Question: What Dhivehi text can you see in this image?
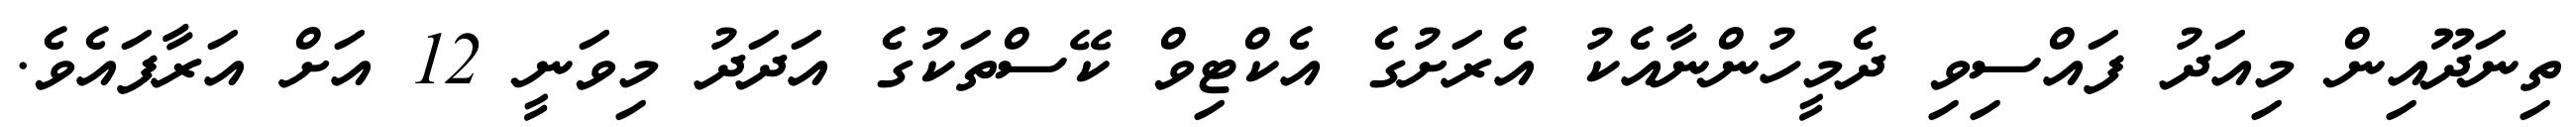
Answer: ތިނަދޫއިން މިއަދު ފައްސިވި ދެމީހުންނާއެކު އެރަށުގެ އެކްޓިވް ކޭސްތަކުގެ އަދަދު މިވަނީ 12 އަށް އަރާފައެވެ.